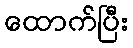
ထောက်ပြီး